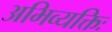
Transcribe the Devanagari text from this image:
अभिव्यक्तिः